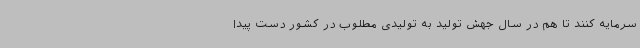
سرمایه کنند تا هم در سال جهش تولید به تولیدی مطلوب در کشور دست پیدا